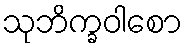
သုဘိက္ခဝါစော